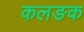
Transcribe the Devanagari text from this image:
कलङक